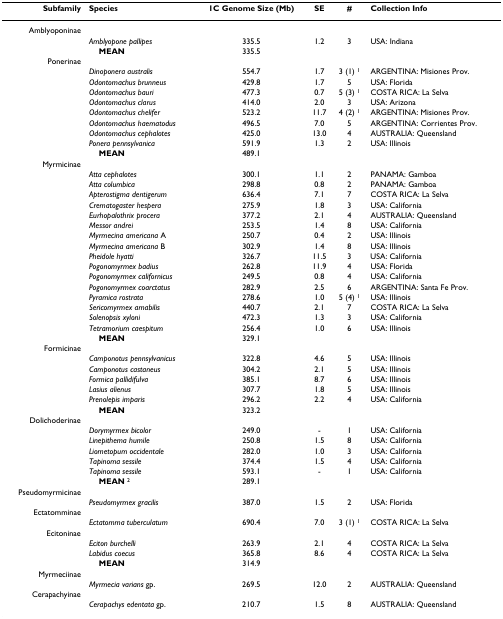
<table><thead><tr><td><b>Subfamily</b></td><td><b>Species</b></td><td><b>1C Genome Size (Mb)</b></td><td><b>SE</b></td><td><b>#</b></td><td><b>Collection Info</b></td></tr></thead><tbody><tr><td>Amblyoponinae</td><td></td><td></td><td></td><td></td><td></td></tr><tr><td></td><td><i>Amblyopone pallipes</i></td><td>335.5</td><td>1.2</td><td>3</td><td>USA: Indiana</td></tr><tr><td></td><td> <b>MEAN</b></td><td>335.5</td><td></td><td></td><td></td></tr><tr><td>Ponerinae</td><td></td><td></td><td></td><td></td><td></td></tr><tr><td></td><td><i>Dinoponera australis</i></td><td>554.7</td><td>1.7</td><td>3 (1) <sup>1</sup></td><td>ARGENTINA: Misiones Prov.</td></tr><tr><td></td><td><i>Odontomachus brunneus</i></td><td>429.8</td><td>1.7</td><td>5</td><td>USA: Florida</td></tr><tr><td></td><td><i>Odontomachus bauri</i></td><td>477.3</td><td>0.7</td><td>5 (3) <sup>1</sup></td><td>COSTA RICA: La Selva</td></tr><tr><td></td><td><i>Odontomachus clarus</i></td><td>414.0</td><td>2.0</td><td>3</td><td>USA: Arizona</td></tr><tr><td></td><td><i>Odontomachus chelifer</i></td><td>523.2</td><td>11.7</td><td>4 (2) <sup>1</sup></td><td>ARGENTINA: Misiones Prov.</td></tr><tr><td></td><td><i>Odontomachus haematodus</i></td><td>496.5</td><td>7.0</td><td>5</td><td>ARGENTINA: Corrientes Prov.</td></tr><tr><td></td><td><i>Odontomachus cephalotes</i></td><td>425.0</td><td>13.0</td><td>4</td><td>AUSTRALIA: Queensland</td></tr><tr><td></td><td><i>Ponera pennsylvanica</i></td><td>591.9</td><td>1.3</td><td>2</td><td>USA: Illinois</td></tr><tr><td></td><td> <b>MEAN</b></td><td>489.1</td><td></td><td></td><td></td></tr><tr><td>Myrmicinae</td><td></td><td></td><td></td><td></td><td></td></tr><tr><td></td><td><i>Atta cephalotes</i></td><td>300.1</td><td>1.1</td><td>2</td><td>PANAMA: Gamboa</td></tr><tr><td></td><td><i>Atta columbica</i></td><td>298.8</td><td>0.8</td><td>2</td><td>PANAMA: Gamboa</td></tr><tr><td></td><td><i>Apterostigma dentigerum</i></td><td>636.4</td><td>7.1</td><td>7</td><td>COSTA RICA: La Selva</td></tr><tr><td></td><td><i>Crematogaster hespera</i></td><td>275.9</td><td>1.8</td><td>3</td><td>USA: California</td></tr><tr><td></td><td><i>Eurhopalothrix procera</i></td><td>377.2</td><td>2.1</td><td>4</td><td>AUSTRALIA: Queensland</td></tr><tr><td></td><td><i>Messor andrei</i></td><td>253.5</td><td>1.4</td><td>8</td><td>USA: California</td></tr><tr><td></td><td><i>Myrmecina americana </i>A</td><td>250.7</td><td>0.4</td><td>2</td><td>USA: Illinois</td></tr><tr><td></td><td><i>Myrmecina americana </i>B</td><td>302.9</td><td>1.4</td><td>8</td><td>USA: Illinois</td></tr><tr><td></td><td><i>Pheidole hyatti</i></td><td>326.7</td><td>11.5</td><td>3</td><td>USA: California</td></tr><tr><td></td><td><i>Pogonomyrmex badius</i></td><td>262.8</td><td>11.9</td><td>4</td><td>USA: Florida</td></tr><tr><td></td><td><i>Pogonomyrmex californicus</i></td><td>249.5</td><td>0.8</td><td>4</td><td>USA: California</td></tr><tr><td></td><td><i>Pogonomyrmex coarctatus</i></td><td>282.9</td><td>2.5</td><td>6</td><td>ARGENTINA: Santa Fe Prov.</td></tr><tr><td></td><td><i>Pyramica rostrata</i></td><td>278.6</td><td>1.0</td><td>5 (4) <sup>1</sup></td><td>USA: Illinois</td></tr><tr><td></td><td><i>Sericomyrmex amabilis</i></td><td>440.7</td><td>2.1</td><td>7</td><td>COSTA RICA: La Selva</td></tr><tr><td></td><td><i>Solenopsis xyloni</i></td><td>472.3</td><td>1.3</td><td>3</td><td>USA: California</td></tr><tr><td></td><td><i>Tetramorium caespitum</i></td><td>256.4</td><td>1.0</td><td>6</td><td>USA: Illinois</td></tr><tr><td></td><td> <b>MEAN</b></td><td>329.1</td><td></td><td></td><td></td></tr><tr><td>Formicinae</td><td></td><td></td><td></td><td></td><td></td></tr><tr><td></td><td><i>Camponotus pennsylvanicus</i></td><td>322.8</td><td>4.6</td><td>5</td><td>USA: Illinois</td></tr><tr><td></td><td><i>Camponotus castaneus</i></td><td>304.2</td><td>2.1</td><td>5</td><td>USA: Illinois</td></tr><tr><td></td><td><i>Formica pallidifulva</i></td><td>385.1</td><td>8.7</td><td>6</td><td>USA: Illinois</td></tr><tr><td></td><td><i>Lasius alienus</i></td><td>307.7</td><td>1.8</td><td>5</td><td>USA: Illinois</td></tr><tr><td></td><td><i>Prenolepis imparis</i></td><td>296.2</td><td>2.2</td><td>4</td><td>USA: California</td></tr><tr><td></td><td> <b>MEAN</b></td><td>323.2</td><td></td><td></td><td></td></tr><tr><td>Dolichoderinae</td><td></td><td></td><td></td><td></td><td></td></tr><tr><td></td><td><i>Dorymyrmex bicolor</i></td><td>249.0</td><td>-</td><td>1</td><td>USA: California</td></tr><tr><td></td><td><i>Linepithema humile</i></td><td>250.8</td><td>1.5</td><td>8</td><td>USA: California</td></tr><tr><td></td><td><i>Liometopum occidentale</i></td><td>282.0</td><td>1.0</td><td>3</td><td>USA: California</td></tr><tr><td></td><td><i>Tapinoma sessile</i></td><td>374.4</td><td>1.5</td><td>4</td><td>USA: California</td></tr><tr><td></td><td><i>Tapinoma sessile</i></td><td>593.1</td><td>-</td><td>1</td><td>USA: California</td></tr><tr><td></td><td> <b>MEAN </b><sup>2</sup></td><td>289.1</td><td></td><td></td><td></td></tr><tr><td>Pseudomyrmicinae</td><td></td><td></td><td></td><td></td><td></td></tr><tr><td></td><td><i>Pseudomyrmex gracilis</i></td><td>387.0</td><td>1.5</td><td>2</td><td>USA: Florida</td></tr><tr><td>Ectatomminae</td><td></td><td></td><td></td><td></td><td></td></tr><tr><td></td><td><i>Ectatomma tuberculatum</i></td><td>690.4</td><td>7.0</td><td>3 (1) <sup>1</sup></td><td>COSTA RICA: La Selva</td></tr><tr><td>Ecitoninae</td><td></td><td></td><td></td><td></td><td></td></tr><tr><td></td><td><i>Eciton burchelli</i></td><td>263.9</td><td>2.1</td><td>4</td><td>COSTA RICA: La Selva</td></tr><tr><td></td><td><i>Labidus coecus</i></td><td>365.8</td><td>8.6</td><td>4</td><td>COSTA RICA: La Selva</td></tr><tr><td></td><td> <b>MEAN</b></td><td>314.9</td><td></td><td></td><td></td></tr><tr><td>Myrmeciinae</td><td></td><td></td><td></td><td></td><td></td></tr><tr><td></td><td><i>Myrmecia varians </i>gp.</td><td>269.5</td><td>12.0</td><td>2</td><td>AUSTRALIA: Queensland</td></tr><tr><td>Cerapachyinae</td><td></td><td></td><td></td><td></td><td></td></tr><tr><td></td><td><i>Cerapachys edentata </i>gp.</td><td>210.7</td><td>1.5</td><td>8</td><td>AUSTRALIA: Queensland</td></tr></tbody></table>